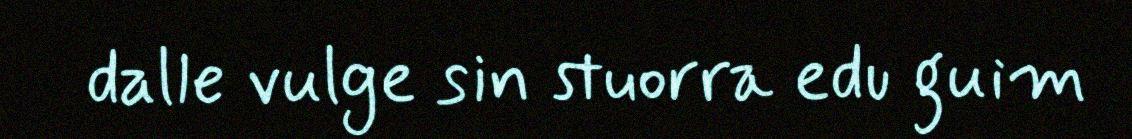
dalle vulge sin stuorra edu guim